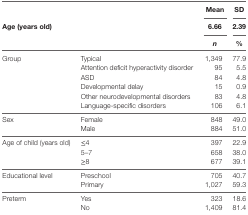
<table><thead><tr><td colspan="2"></td><td><b>Mean</b></td><td><b>SD</b></td></tr><tr><td rowspan="2"><b>Age (years old)</b></td><td></td><td><b>6.66</b></td><td><b>2.39</b></td></tr><tr><td></td><td><b><i>n</i></b></td><td><b>%</b></td></tr></thead><tbody><tr><td rowspan="6">Group</td><td>Typical</td><td>1,349</td><td>77.9</td></tr><tr><td>Attention deficit hyperactivity disorder</td><td>95</td><td>5.5</td></tr><tr><td>ASD</td><td>84</td><td>4.8</td></tr><tr><td>Developmental delay</td><td>15</td><td>0.9</td></tr><tr><td>Other neurodevelopmental disorders</td><td>83</td><td>4.8</td></tr><tr><td>Language-specific disorders</td><td>106</td><td>6.1</td></tr><tr><td rowspan="2">Sex</td><td>Female</td><td>848</td><td>49.0</td></tr><tr><td>Male</td><td>884</td><td>51.0</td></tr><tr><td rowspan="3">Age of child (years old)</td><td>≤4</td><td>397</td><td>22.9</td></tr><tr><td>5–7</td><td>658</td><td>38.0</td></tr><tr><td>≥8</td><td>677</td><td>39.1</td></tr><tr><td rowspan="2">Educational level</td><td>Preschool</td><td>705</td><td>40.7</td></tr><tr><td>Primary</td><td>1,027</td><td>59.3</td></tr><tr><td rowspan="2">Preterm</td><td>Yes</td><td>323</td><td>18.6</td></tr><tr><td>No</td><td>1,409</td><td>81.4</td></tr></tbody></table>